Report on plague in the Punjab from October 1st ... to September 30th ..., being the ... season of plague in the province
Disease focus: Plague
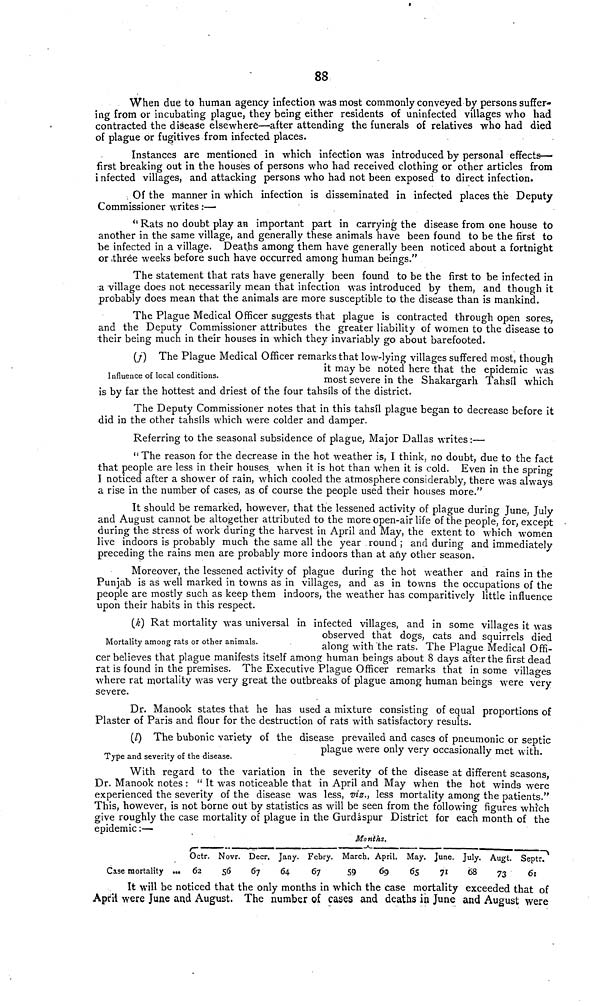
88
When due to human agency infection was most commonly conveyed by persons suffer-
ing from or incubating plague, they being either residents of uninfected villages who had
contracted the disease elsewhere—after attending the funerals of relatives who had died
of plague or fugitives from infected places.
Instances are mentioned in which infection was introduced by personal effects—
first breaking out in the houses of persons who had received clothing or other articles from
i nfected villages, and attacking persons who had not been exposed to direct infection.
Of the manner in which infection is disseminated in infected places the Deputy
Commissioner writes:—
" Rats no doubt play an important part in carrying the disease from one house to
another in the same village, and generally these animals have been found to be the first to
be infected in a village. Deaths among them have generally been noticed about a fortnight
or three weeks before such have occurred among human beings."
The statement that rats have generally been found to be the first to be infected in
a village does not necessarily mean that infection was introduced by them, and though it
probably does mean that the animals are more susceptible to the disease than is mankind.
The Plague Medical Officer suggests that plague is contracted through open sores,
and the Deputy Commissioner attributes the greater liability of women to the disease to
their being much in their houses in which they invariably go about barefooted.
Influence of local conditions.
(j) The Plague Medical Officer remarks that low-lying villages suffered most, though
it may be noted here that the epidemic was
most severe in the Shakargarh Tahsíl which
is by far the hottest and driest of the four tahsíls of the district.
The Deputy Commissioner notes that in this tahsíl plague began to decrease before it
did in the other tahsíls which were colder and damper.
Referring to the seasonal subsidence of plague, Major Dallas writes:—
" The reason for the decrease in the hot weather is, I think, no doubt, due to the fact
that people are less in their houses when it is hot than when it is cold. Even in the spring
I noticed after a shower of rain, which cooled the atmosphere considerably, there was always
a rise in the number of cases, as of course the people used their houses more."
It should be remarked, however, that the lessened activity of plague during June, July
and August cannot be altogether attributed to the more open-air life of the people, for, except
during the stress of work during the harvest in April and May, the extent to which women
live indoors is probably much the same all the year round ; and during and immediately
preceding the rains men are probably more indoors than at any other season.
Moreover, the lessened activity of plague during the hot weather and rains in the
Punjab is as well marked in towns as in villages, and as in towns the occupations of the
people are mostly such as keep them indoors, the weather has comparitively little influence
upon their habits in this respect.
Mortality among rats or other animals.
(k) Rat mortality was universal in infected villages, and in some villages it was
observed that dogs, cats and squirrels died
along with the rats. The Plague Medical Offi-
cer believes that plague manifests itself among human beings about 8 days after the first dead
rat is found in the premises. The Executive Plague Officer remarks that in some villages
where rat mortality was very great the outbreaks of plague among human beings were very
severe.
Dr. Manook states that he has used a mixture consisting of equal proportions of
Plaster of Paris and flour for the destruction of rats with satisfactory results.
Type and severity of the disease.
(l) The bubonic variety of the disease prevailed and cases of pneumonic or septic
plague were only very occasionally met with.
With regard to the variation in the severity of the disease at different seasons,
Dr. Manook notes : " It was noticeable that in April and May when the hot winds were
experienced the severity of the disease was less, viz., less mortality among the patients."
This, however, is not borne out by statistics as will be seen from the following figures which
give roughly the case mortality of plague in the Gurdáspur District for each month of the
epidemic:—
Months.
Case mortality
Octr.
... 62
Novr.
56
Decr.
67
Jany.
64
Febry.
67
March
59
1. April.
69
May.
65
June.
71
July..
68
Augt.
73
Septr.
61
It will be noticed that the only months in which the case mortality exceeded that of
April were June and August. The number of cases and deaths in June and August were